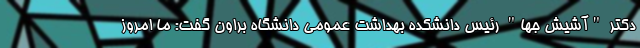
دکتر "آشیش جها" رئیس دانشکده بهداشت عمومی دانشگاه براون گفت: ما امروز